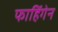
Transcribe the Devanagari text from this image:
फाहिंगेन